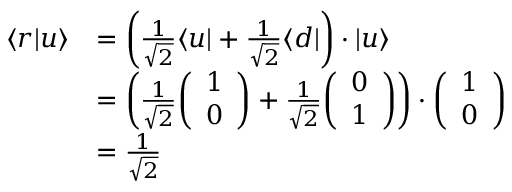
{ \begin{array} { r l } { \langle r | u \rangle } & { = \left( { \frac { 1 } { \sqrt { 2 } } } \langle u | + { \frac { 1 } { \sqrt { 2 } } } \langle d | \right) \cdot | u \rangle } \\ & { = \left( { \frac { 1 } { \sqrt { 2 } } } { \left( \begin{array} { l } { 1 } \\ { 0 } \end{array} \right) } + { \frac { 1 } { \sqrt { 2 } } } { \left( \begin{array} { l } { 0 } \\ { 1 } \end{array} \right) } \right) \cdot { \left( \begin{array} { l } { 1 } \\ { 0 } \end{array} \right) } } \\ & { = { \frac { 1 } { \sqrt { 2 } } } } \end{array} }